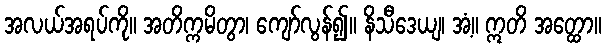
အလယ်အရပ်ကို။ အတိက္ကမိတွာ၊ ကျော်လွန်၍။ နိသီဒေယျ၊ အံ့။ ဣတိ အတ္ထော။